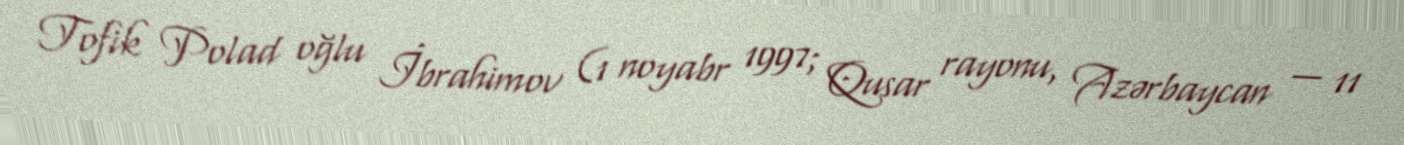
Tofik Polad oğlu İbrahimov (1 noyabr 1997; Qusar rayonu, Azərbaycan — 11